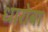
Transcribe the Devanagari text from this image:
धारोबा